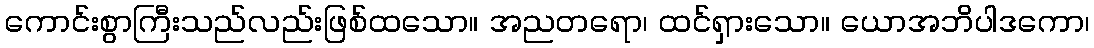
ကောင်းစွာကြီးသည်လည်းဖြစ်ထသော။ အညတရော၊ ထင်ရှားသော။ ယောအဘိပါဒကော၊